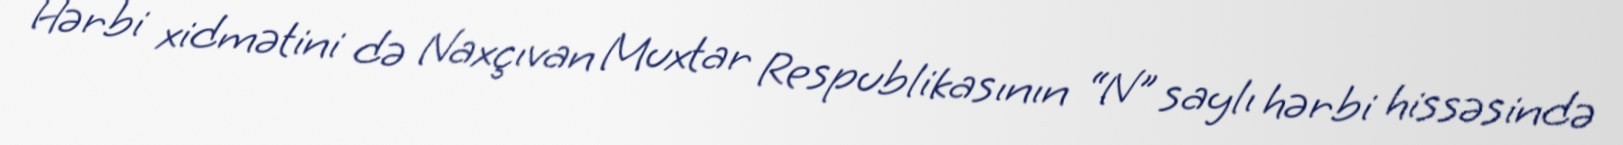
Hərbi xidmətini də Naxçıvan Muxtar Respublikasının “N" saylı hərbi hissəsində